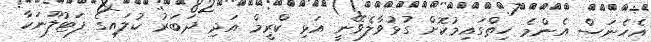
އެހެނަސް އެންމެ ހިތްގައިމުކޮށް ގުޅުވާލެވޭނީ އަޅި ކްރީމް އަދި ދަބަރު ކުލައިގެ ފަޓުލޫނަކާ